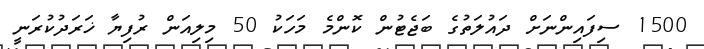
1500 ސިފައިންނަށް ދައުލަތުގެ ބަޖެޓުން ކޮންމެ މަހަކު 50 މިލިއަން ރުފިޔާ ޚަރަދުކުރަނީ